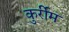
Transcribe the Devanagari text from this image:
कुर्रीम